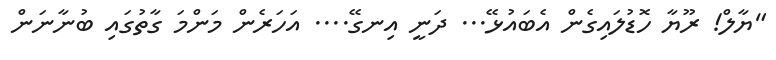
"ޔާލް! ރޫޔާ ހޮޑުލައިގެން އެބައުޅޭ... ދަނީ އިނގޭ.... އަހަރެން މަންމަ ގާތުގައި ބުނާނަން